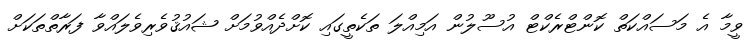
ވީމާ އެ މަސައްކަތް ކޮންޓްރެކްޓް އުސޫލުން އަމިއްލަ ތަކެތީގައި ކޮށްދެއްވުމަށް ޝައުޤުވެރިވެލައްވާ ފަރާތްތަކަށް